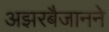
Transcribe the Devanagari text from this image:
अझरबैजानने